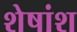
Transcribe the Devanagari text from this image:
शेषांश